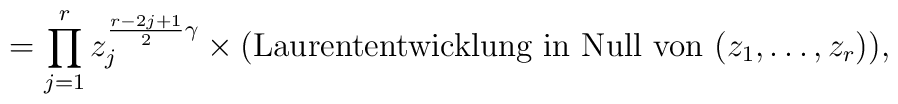
= \prod^r_{j=1} z_j^{\frac{r-2j+1}{2}\gamma} \times \mbox{(Laurententwicklung in Null von } (z_1, \ldots,z_r)),